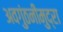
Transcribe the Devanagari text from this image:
अवगुंठनीमुद्रा